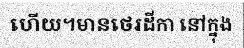
ហើយ។មានថេរដីកា នៅក្នុង